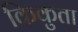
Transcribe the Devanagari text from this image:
किकुता